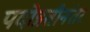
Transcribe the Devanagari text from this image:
पदोन्नतीनंतर